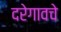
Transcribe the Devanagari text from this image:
दरेगावचे